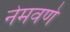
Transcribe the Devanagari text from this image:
नेमवणे